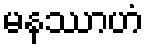
မနဿာဟံ